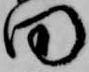
田